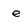
Character: e